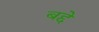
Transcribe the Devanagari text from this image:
बद्दे